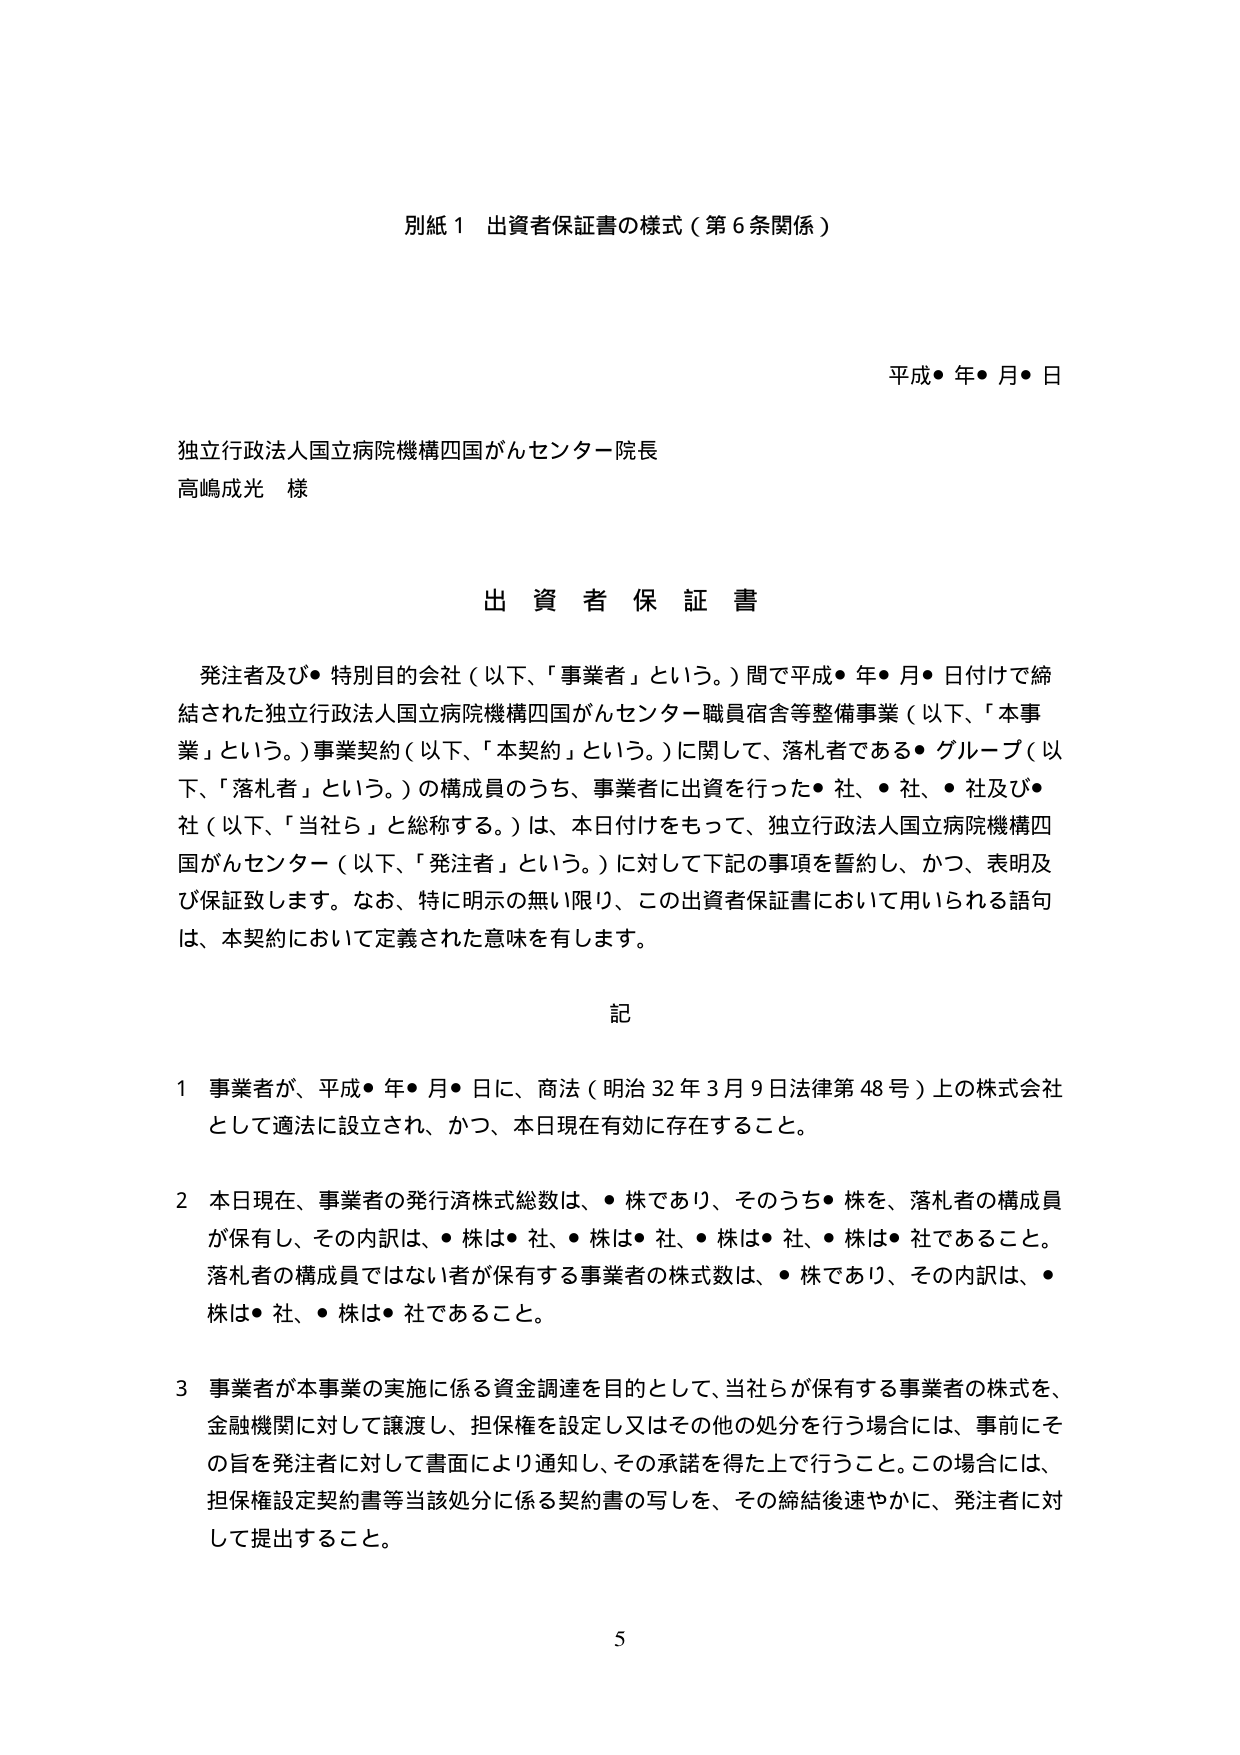
別紙１ 出資者保証書の様式（第６条関係）

平成●年●月●日

独立行政法人国立病院機構四国がんセンター院長
高嶋成光 様

出資者保証書

発注者及び●特別目的会社（以下、「事業者」という。）間で平成●年●月●日付けで締結された独立行政法人国立病院機構四国がんセンター職員宿舎等整備事業（以下、「本事業」という。）事業契約（以下、「本契約」という。）に関して、落札者である●グループ（以下、「落札者」という。）の構成員のうち、事業者に出資を行った●社、●社、●社及び●社（以下、「当社ら」と総称する。）は、本日付けをもって、独立行政法人国立病院機構四国がんセンター（以下、「発注者」という。）に対して下記の事項を誓約し、かつ、表明及び保証致します。なお、特に明示の無い限り、この出資者保証書において用いられる語句は、本契約において定義された意味を有します。

記

１ 事業者が、平成●年●月●日に、商法（明治32年3月9日法律第48号）上の株式会社として適法に設立され、かつ、本日現在有効に存在すること。

２ 本日現在、事業者の発行済株式総数は、●株であり、そのうち●株を、落札者の構成員が保有し、その内訳は、●株は●社、●株は●社、●株は●社、●株は●社であること。落札者の構成員ではない者が保有する事業者の株式数は、●株であり、その内訳は、●株は●社、●株は●社であること。

３ 事業者が本事業の実施に係る資金調達を目的として、当社らが保有する事業者の株式を、金融機関に対して譲渡し、担保権を設定し又はその他の処分を行う場合には、事前にその旨を発注者に対して書面により通知し、その承諾を得た上で行うこと。この場合には、担保権設定契約書等当該処分に係る契約書の写しを、その締結後速やかに、発注者に対して提出すること。

5